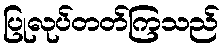
ပြုလုပ်တတ်ကြသည်